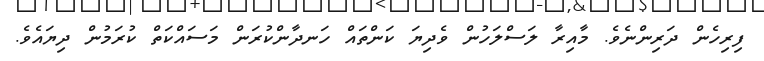
ފިރިހެން ދަރިންނެވެ. މާއިރާ ލަސްލަހުން ވެދިޔަ ކަންތައް ހަނދާންކުރަން މަސައްކަތް ކުރަމުން ދިޔައެވެ.